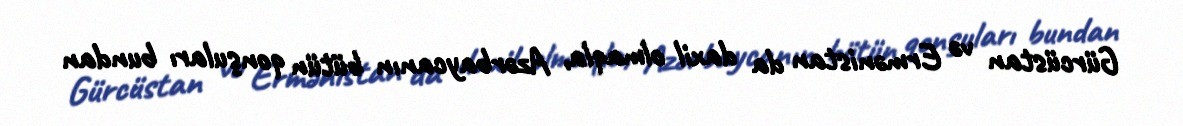
Gürcüstan və Ermənistan da daxil olmaqla, Azərbaycanın bütün qonşuları bundan